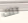
تلك